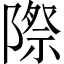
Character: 際